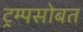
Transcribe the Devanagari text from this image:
ट्रम्पसोबत